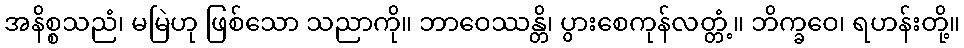
အနိစ္စသညံ၊ မမြဲဟု ဖြစ်သော သညာကို။ ဘာဝေဿန္တိ၊ ပွားစေကုန်လတ္တံ့။ ဘိက္ခဝေ၊ ရဟန်းတို့။